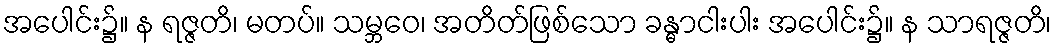
အပေါင်း၌။ န ရဇ္ဇတိ၊ မတပ်။ သမ္ဘဝေ၊ အတိတ်ဖြစ်သော ခန္ဓာငါးပါး အပေါင်း၌။ န သာရဇ္ဇတိ၊